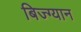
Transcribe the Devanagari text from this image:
बिज्ग्यान